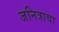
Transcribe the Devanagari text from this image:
जनित्राचा